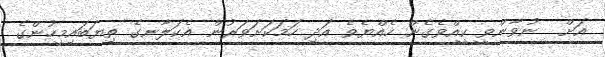
އަށް  ނުވާންވީ ކީއްވެގެން ހެއްޔެވެ އަދި ހަމަކަށަވަރުން އެކަލާނގެ ތިޔަބައިމީހުންގެ